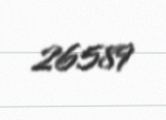
26589